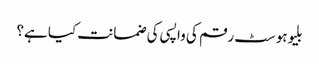
بلیوہوسٹ رقم کی واپسی کی ضمانت کیا ہے؟